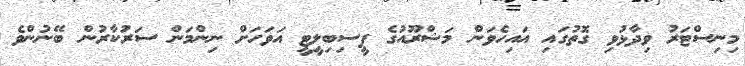
މިނިސްޓަރު ވިދާޅުވި ގޮތުގައި އައިހެވަން މަޝްރޫއުގެ ފީސިބިލީޓީ އަވަހަށް ނިންމަން ސަރުކާރުން ބޭނުންވެ